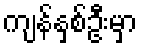
ကျန်နှစ်ဦးမှာ